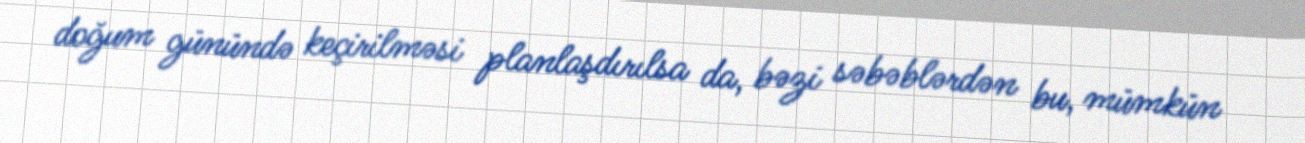
doğum günündə keçirilməsi planlaşdırılsa da, bəzi səbəblərdən bu, mümkün